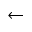
\leftarrow